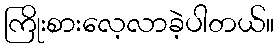
ကြိုးစားလေ့လာခဲ့ပါတယ်။